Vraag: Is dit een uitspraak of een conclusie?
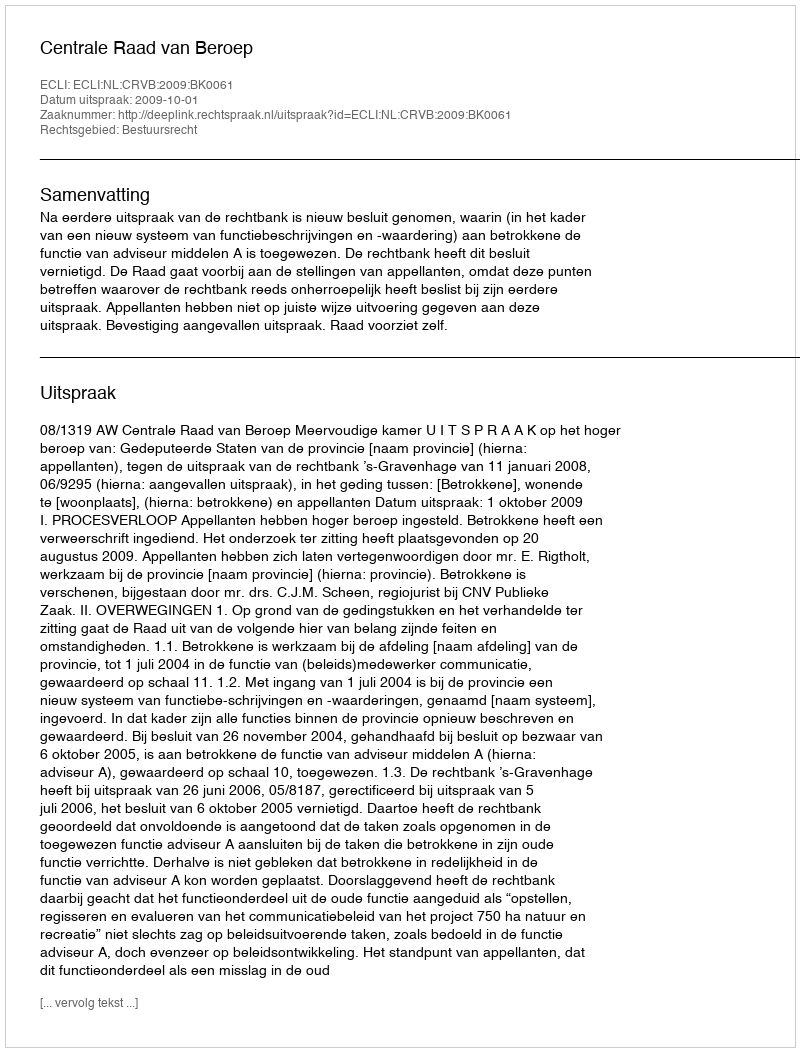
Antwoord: Uitspraak